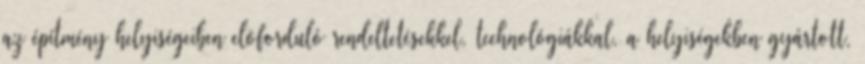
az építmény helyiségeiben elõforduló rendeltetésekkel, technológiákkal, a helyiségekben gyártott,